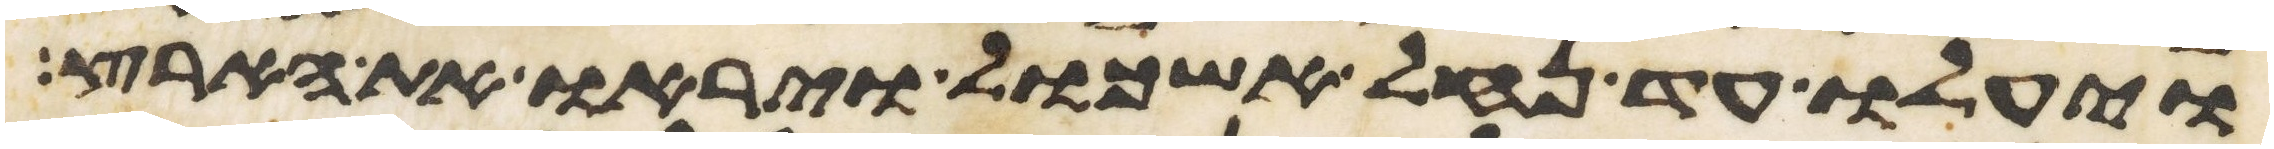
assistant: ויעלו עד נחל אשכול ויראו את הארץ